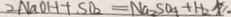
2 N a O H + S O _ { 2 } = N a _ { 2 } S O _ { 4 } + H _ { 2 } \uparrow \cdot